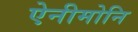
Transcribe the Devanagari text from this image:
ऐनीमोनि